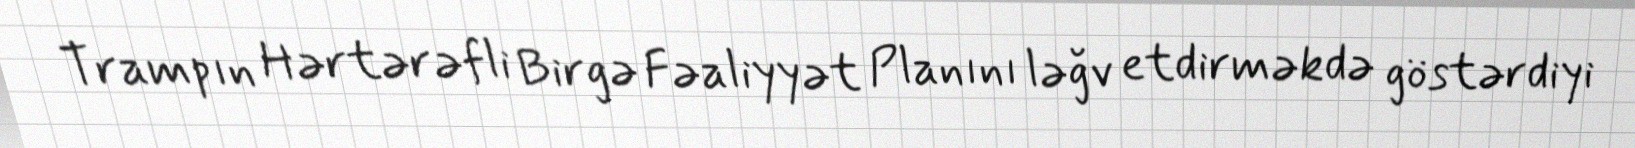
Trampın Hərtərəfli Birgə Fəaliyyət Planını ləğv etdirməkdə göstərdiyi